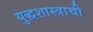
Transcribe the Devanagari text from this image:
युद्धशास्त्राची